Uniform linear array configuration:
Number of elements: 32
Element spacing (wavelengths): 0.5
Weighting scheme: kaiser
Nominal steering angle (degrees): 45
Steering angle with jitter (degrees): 46.892
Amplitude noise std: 0.05
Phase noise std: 0.05

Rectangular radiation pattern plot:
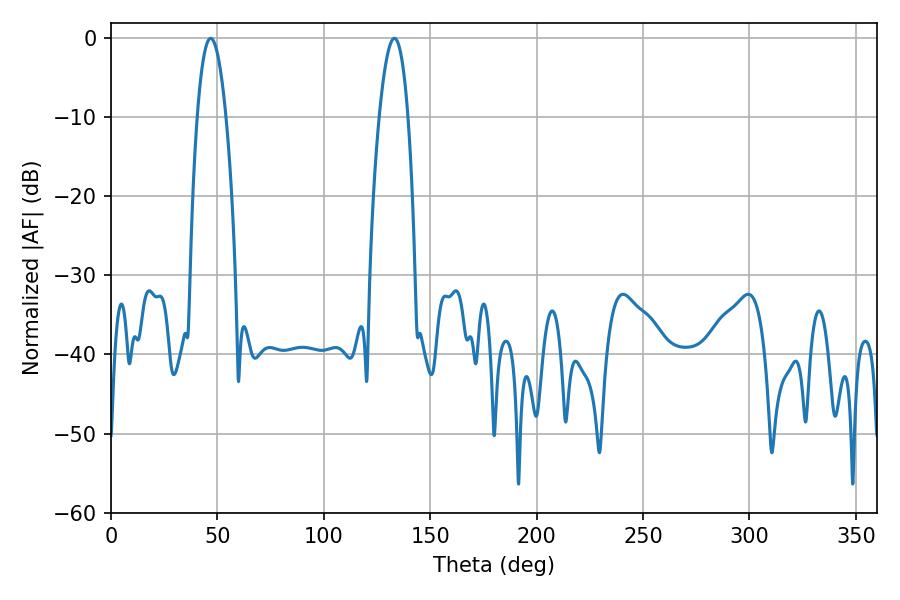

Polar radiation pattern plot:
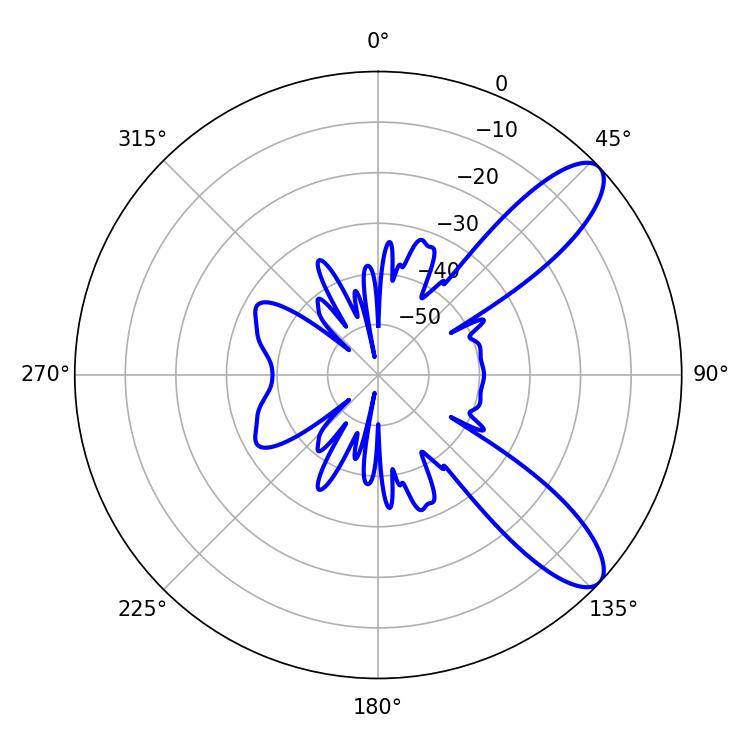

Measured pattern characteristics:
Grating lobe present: FALSE
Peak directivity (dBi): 9.906
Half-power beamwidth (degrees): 7.56
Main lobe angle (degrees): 46.8